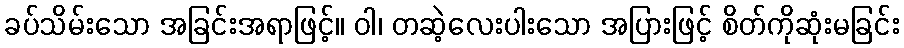
ခပ်သိမ်းသော အခြင်းအရာဖြင့်။ ဝါ၊ တဆဲ့လေးပါးသော အပြားဖြင့် စိတ်ကိုဆုံးမခြင်း